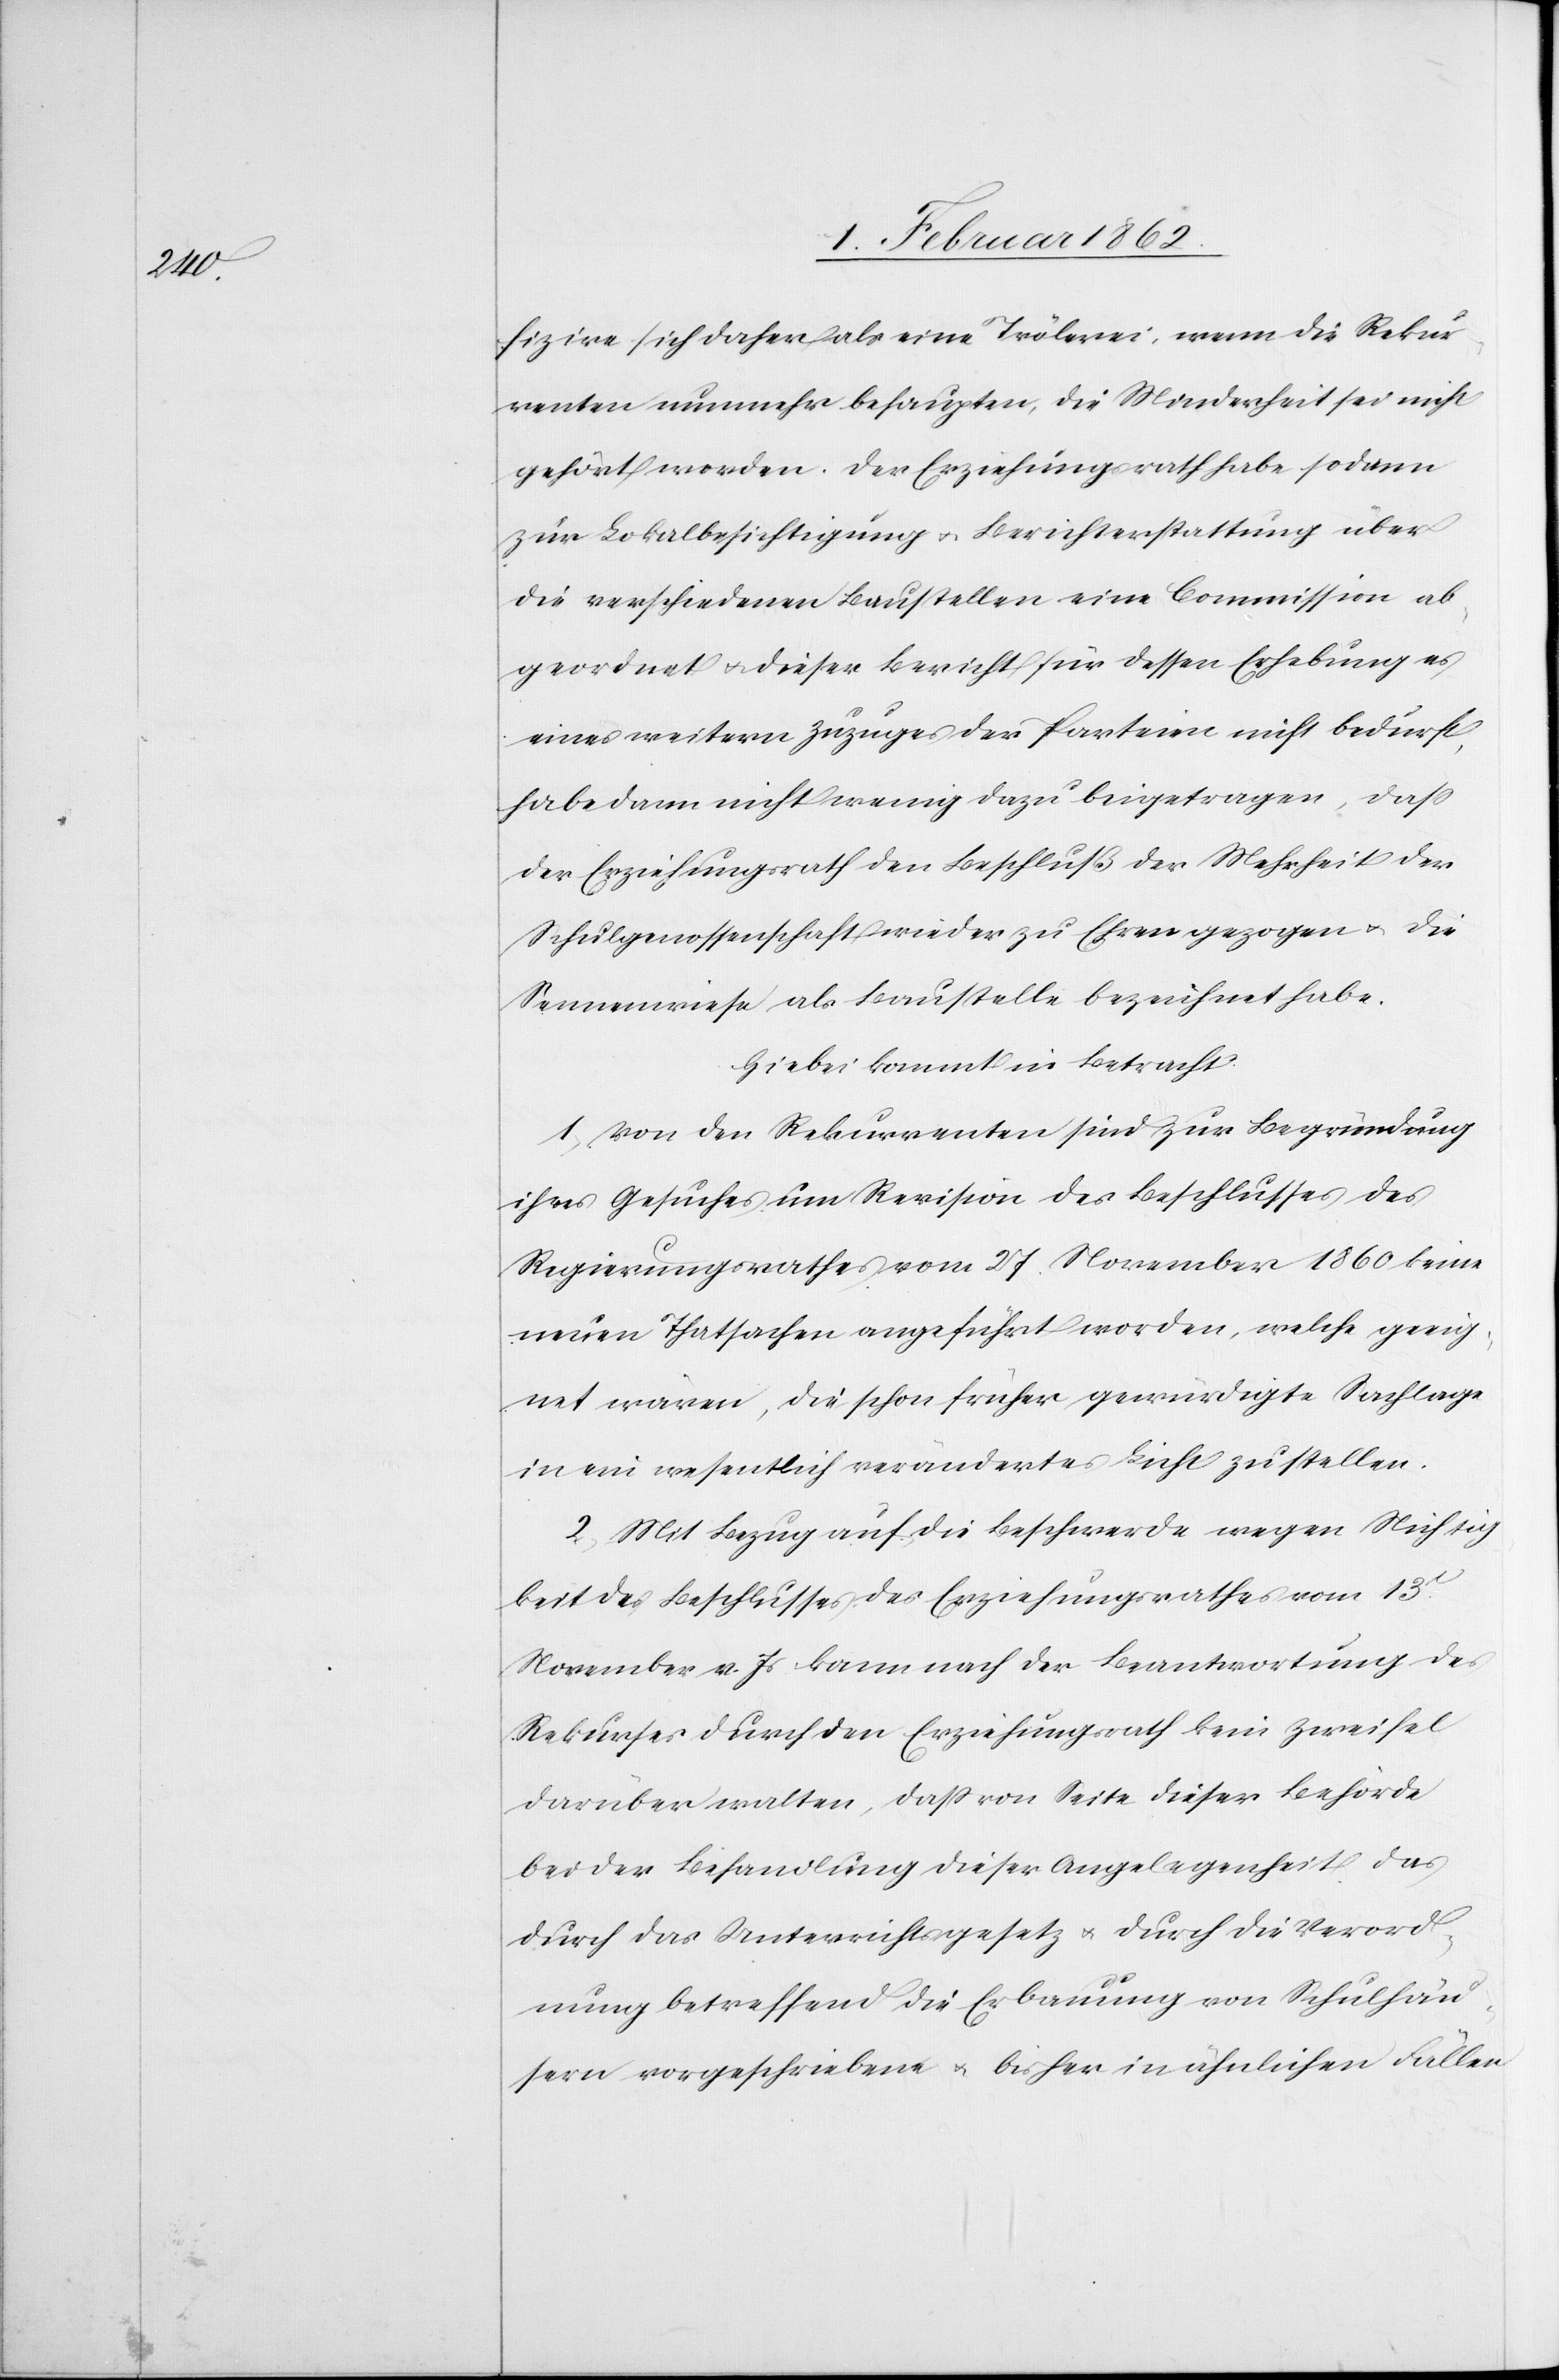
fizire sich daher als eine Trölerei, wenn die Rekur¬
renten nunmehr behaupten, die Minderheit sei nicht
gehört worden. Der Erziehungsrath habe sodann
zur Lokalbesichtigung u. Berichterstattung über
die verschiedenen Baustellen eine Commission ab¬
geordnet u. dieser Bericht für dessen Erhebung es
eines weitern Zuzuges der Parteien nicht bedurfte,
habe dann nicht wenig dazu beigetragen, daß
der Erziehungsrath den Beschluß der Mehrheit der
Schulgenossenschaft wieder zu Ehren gezogen u. die
Sennenwiese als Baustelle bezeichnet habe.
Hiebei kommt in Betracht
1) Von den Rekurrenten sind zur Begründung
ihres Gesuches um Revision des Beschlusses des
Regierungsrathes vom 27. November 1860 keine
neuen Thatsachen angeführt worden, welche geeig¬
net wären, die schon früher gewürdigte Sachlage
in ein wesentlich verändertes Licht zu stellen.
2) Mit Bezug auf die Beschwerde wegen Nichtig¬
keit des Beschlusses des Erziehungsrathes vom 13t.
November v. Js. kann nach der Beantwortung des
Rekurses durch den Erziehungsrath kein Zweifel
darüber walten, daß von Seite dieser Behörde
bei der Behandlung dieser Angelegenheit das
durch das Unterrichtsgesetz u. durch die Verord¬
nung betreffend die Erbauung von Schulhäu¬
sern vorgeschriebene u. bisher in ähnlichen Fällen